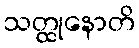
သတ္ထုနောတိ